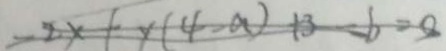
- 2 x + y ( 4 - a ) + 3 - b = 0